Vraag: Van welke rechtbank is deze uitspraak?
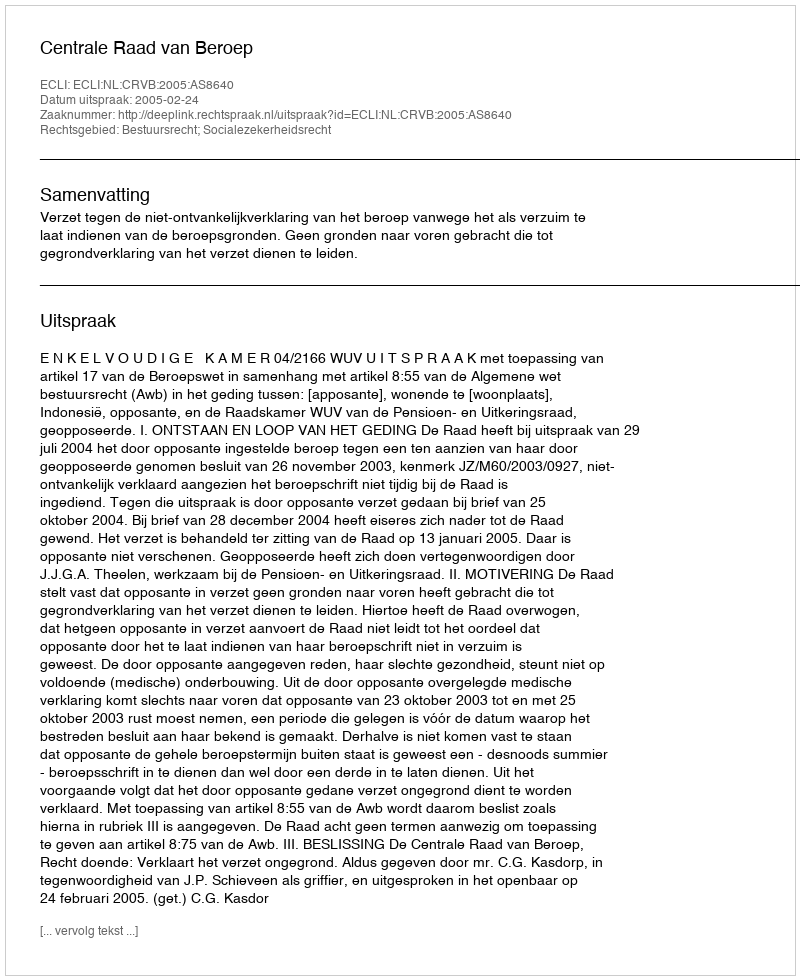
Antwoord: Centrale Raad van Beroep